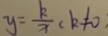
y = \frac { k } { x } ( k \neq 0 )